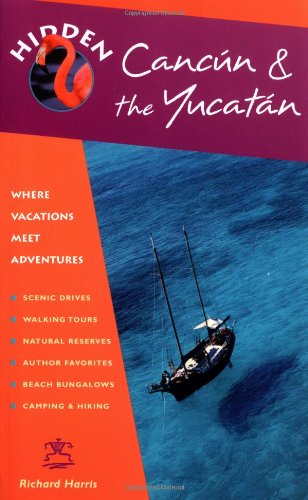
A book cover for Hidden Cancun and the Yucatan (Hidden Travel); Richard Harris; Travel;